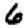
Digit: 6